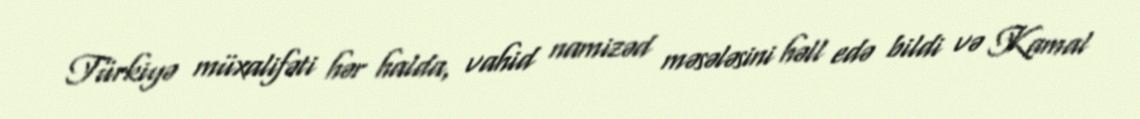
Türkiyə müxalifəti hər halda, vahid namizəd məsələsini həll edə bildi və Kamal